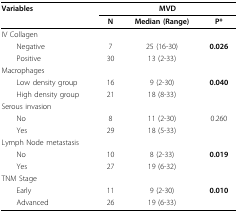
<table><thead><tr><td><b>Variables</b></td><td colspan="3"><b>MVD</b></td></tr><tr><td>[EMPTY_CELL]</td><td><b>N</b></td><td><b>Median (Range)</b></td><td><b>P*</b></td></tr></thead><tbody><tr><td colspan="4">IV Collagen</td></tr><tr><td> Negative</td><td>7</td><td>25 (16-30)</td><td><b>0.026</b></td></tr><tr><td> Positive</td><td>30</td><td>13 (2-33)</td><td>[EMPTY_CELL]</td></tr><tr><td colspan="4">Macrophages</td></tr><tr><td> Low density group</td><td>16</td><td>9 (2-30)</td><td><b>0.040</b></td></tr><tr><td> High density group</td><td>21</td><td>18 (8-33)</td><td>[EMPTY_CELL]</td></tr><tr><td colspan="4">Serous invasion</td></tr><tr><td> No</td><td>8</td><td>11 (2-30)</td><td>0.260</td></tr><tr><td> Yes</td><td>29</td><td>18 (5-33)</td><td>[EMPTY_CELL]</td></tr><tr><td colspan="4">Lymph Node metastasis</td></tr><tr><td> No</td><td>10</td><td>8 (2-33)</td><td><b>0.019</b></td></tr><tr><td> Yes</td><td>27</td><td>19 (6-32)</td><td>[EMPTY_CELL]</td></tr><tr><td colspan="4">TNM Stage</td></tr><tr><td> Early</td><td>11</td><td>9 (2-30)</td><td><b>0.010</b></td></tr><tr><td> Advanced</td><td>26</td><td>19 (6-33)</td><td>[EMPTY_CELL]</td></tr></tbody></table>